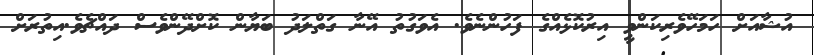
އުޝާއަށް ހަމަހޭވެރިކަންވީ އިރުކޮޅެއްގެ ފަހުންނެވެ. އެވަގުތު އޭނާ ގަތްލަދު ބަޔާން ކޮށްދޭންވެސް ދައްޗެވެ.އިތުރަށް